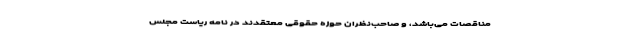
مناقصات می­‌باشد، و صاحب­نظران حوزه­ حقوقی معتقدند در نامه ریاست مجلس